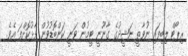
ރިޕޯޓް ލިބިފައި ނުވާތީ ނަޝީދުގެ ގާނޫނީ ޓީމުން ވަނީ ކަންބޮޑުވުން ފާޅުކޮށްފަ އެވެ.